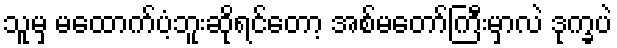
သူမှ မထောက်ပံ့ဘူးဆိုရင်တော့ အစ်မတော်ကြီးမှာလဲ ဒုက္ခပဲ